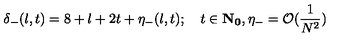
\delta _ { - } ( l , t ) = 8 + l + 2 t + \eta _ { - } ( l , t ) ; \quad t \in { \bf { N } _ { 0 } } , \eta _ { - } = \mathcal { O } ( \frac { 1 } { N ^ { 2 } } )